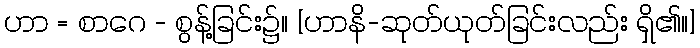
ဟာ = စာဂေ - စွန့်ခြင်း၌။ [ဟာနိ-ဆုတ်ယုတ်ခြင်းလည်း ရှိ၏။]